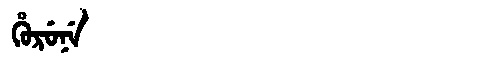
Manchu: ᡥᡠᡵᡠᠨᡝ
Romanization: HURUNE